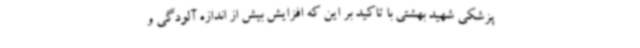
پزشکی شهید بهشتی با تاکید بر این که افزایش بیش از اندازه آلودگی و